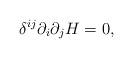
LaTeX: \begin{align*} \delta^{ij} \partial_i \partial_j H=0 ,\end{align*}